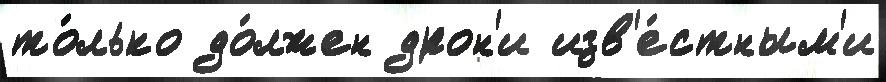
то́лько до́лжен дрон'и изв'е́стным'и